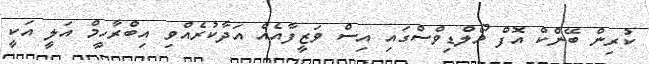
ކުރިން ބޭންކް އޮފް މޯލްޑިވްސްގައި އިސް ވަޒީފާއެއް އަދާކުރެއްވި އިބްރާހީމް އަލީ އަކީ